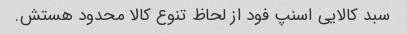
سبد کالایی اسنپ فود از لحاظ تنوع کالا محدود هستش.